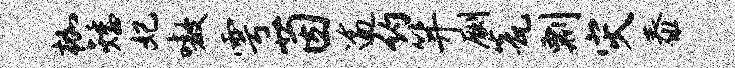
枷矮妃嗷雩茵逾约笄劂瓮剽灾泰